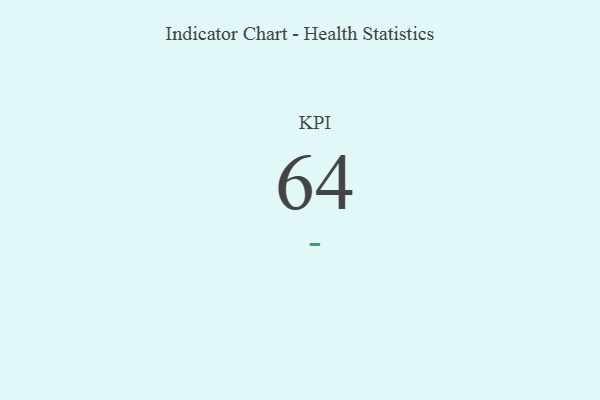
{"axis": {"x": "KPI", "y": "Value"}, "legend": [""], "data": [{"x": "KPI", "y": 64, "type": ""}]}